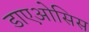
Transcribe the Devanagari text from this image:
डाएओसिस